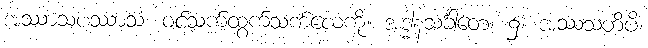
အဿာသပဿာသံ၊ ဝင်သက်ထွက်သက်လေကို။ အဒ္ဓါနသင်္ခါတေ၊ ၌။ အဿသတိပိ၊